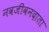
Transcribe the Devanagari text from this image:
नवजीवनदाता